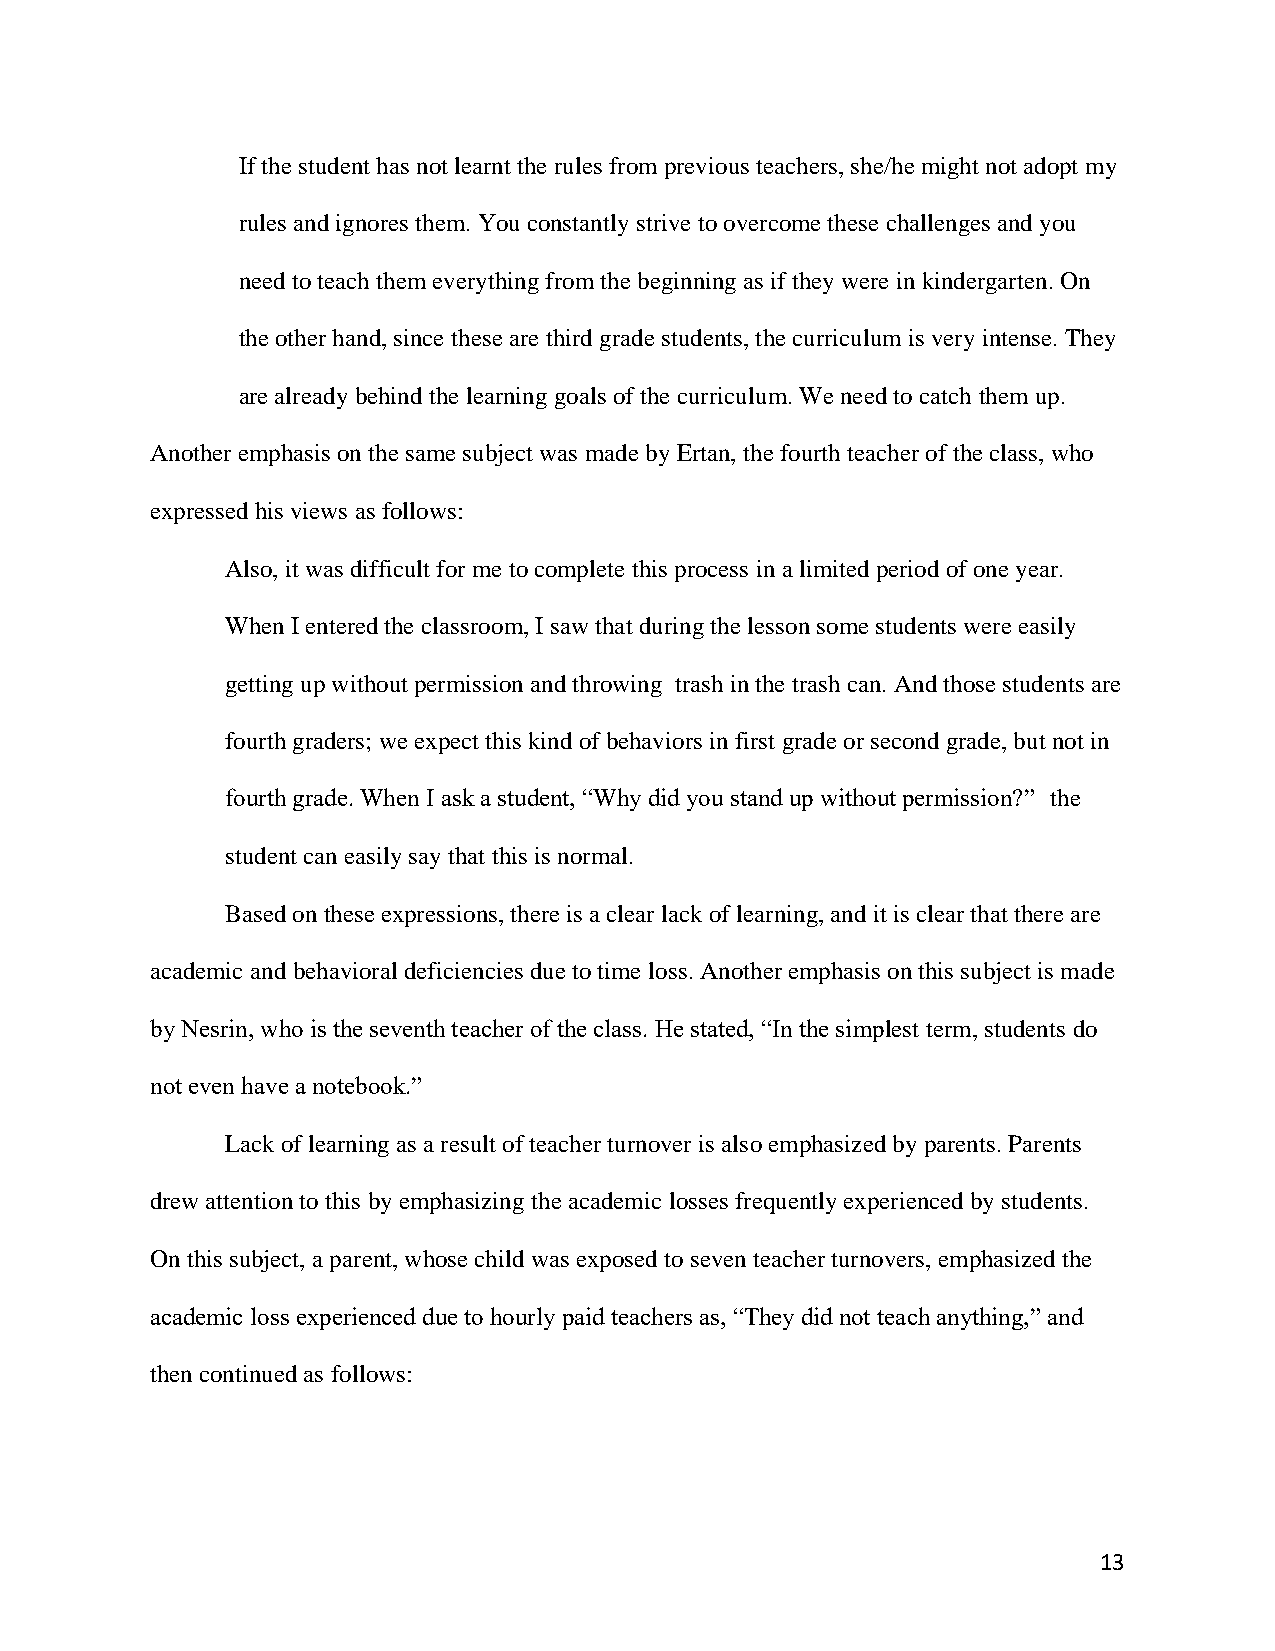
If the student has not learnt the rules from previous teachers, she/he might not adopt my
 rules and ignores them. You constantly strive to overcome these challenges and you
 need to teach them everything from the beginning as if they were in kindergarten. On
 the other hand, since these are third grade students, the curriculum is very intense. They
 are already behind the learning goals of the curriculum. We need to catch them up.
 Another emphasis on the same subject was made by Ertan, the fourth teacher of the class, who
 expressed his views as follows:
 Also, it was difficult for me to complete this process in a limited period of one year.
 When I entered the classroom, I saw that during the lesson some students were easily
 getting up without permission and throwing trash in the trash can. And those students are
 fourth graders; we expect this kind of behaviors in first grade or second grade, but not in
 fourth grade. When I ask a student, “Why did you stand up without permission?” the
 student can easily say that this is normal.
 Based on these expressions, there is a clear lack of learning, and it is clear that there are
 academic and behavioral deficiencies due to time loss. Another emphasis on this subject is made
 by Nesrin, who is the seventh teacher of the class. He stated, “In the simplest term, students do
 not even have a notebook.”
 Lack of learning as a result of teacher turnover is also emphasized by parents. Parents
 drew attention to this by emphasizing the academic losses frequently experienced by students.
 On this subject, a parent, whose child was exposed to seven teacher turnovers, emphasized the
 academic loss experienced due to hourly paid teachers as, “They did not teach anything,” and
 then continued as follows:
 13